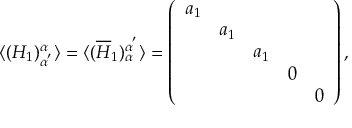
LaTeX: \langle ( H _ { 1 } ) _ { \alpha ^ { ' } } ^ { \alpha } \rangle = \langle ( \overline { { { H } } } _ { 1 } ) _ { \alpha } ^ { \alpha ^ { ' } } \rangle = \left( \begin{array} { c c c c c } { { a _ { 1 } } } & { { } } & { { } } & { { } } & { { } } \\ { { } } & { { a _ { 1 } } } & { { } } & { { } } & { { } } \\ { { } } & { { } } & { { a _ { 1 } } } & { { } } & { { } } \\ { { } } & { { } } & { { } } & { { 0 } } & { { } } \\ { { } } & { { } } & { { } } & { { } } & { { 0 } } \end{array} \right) ,